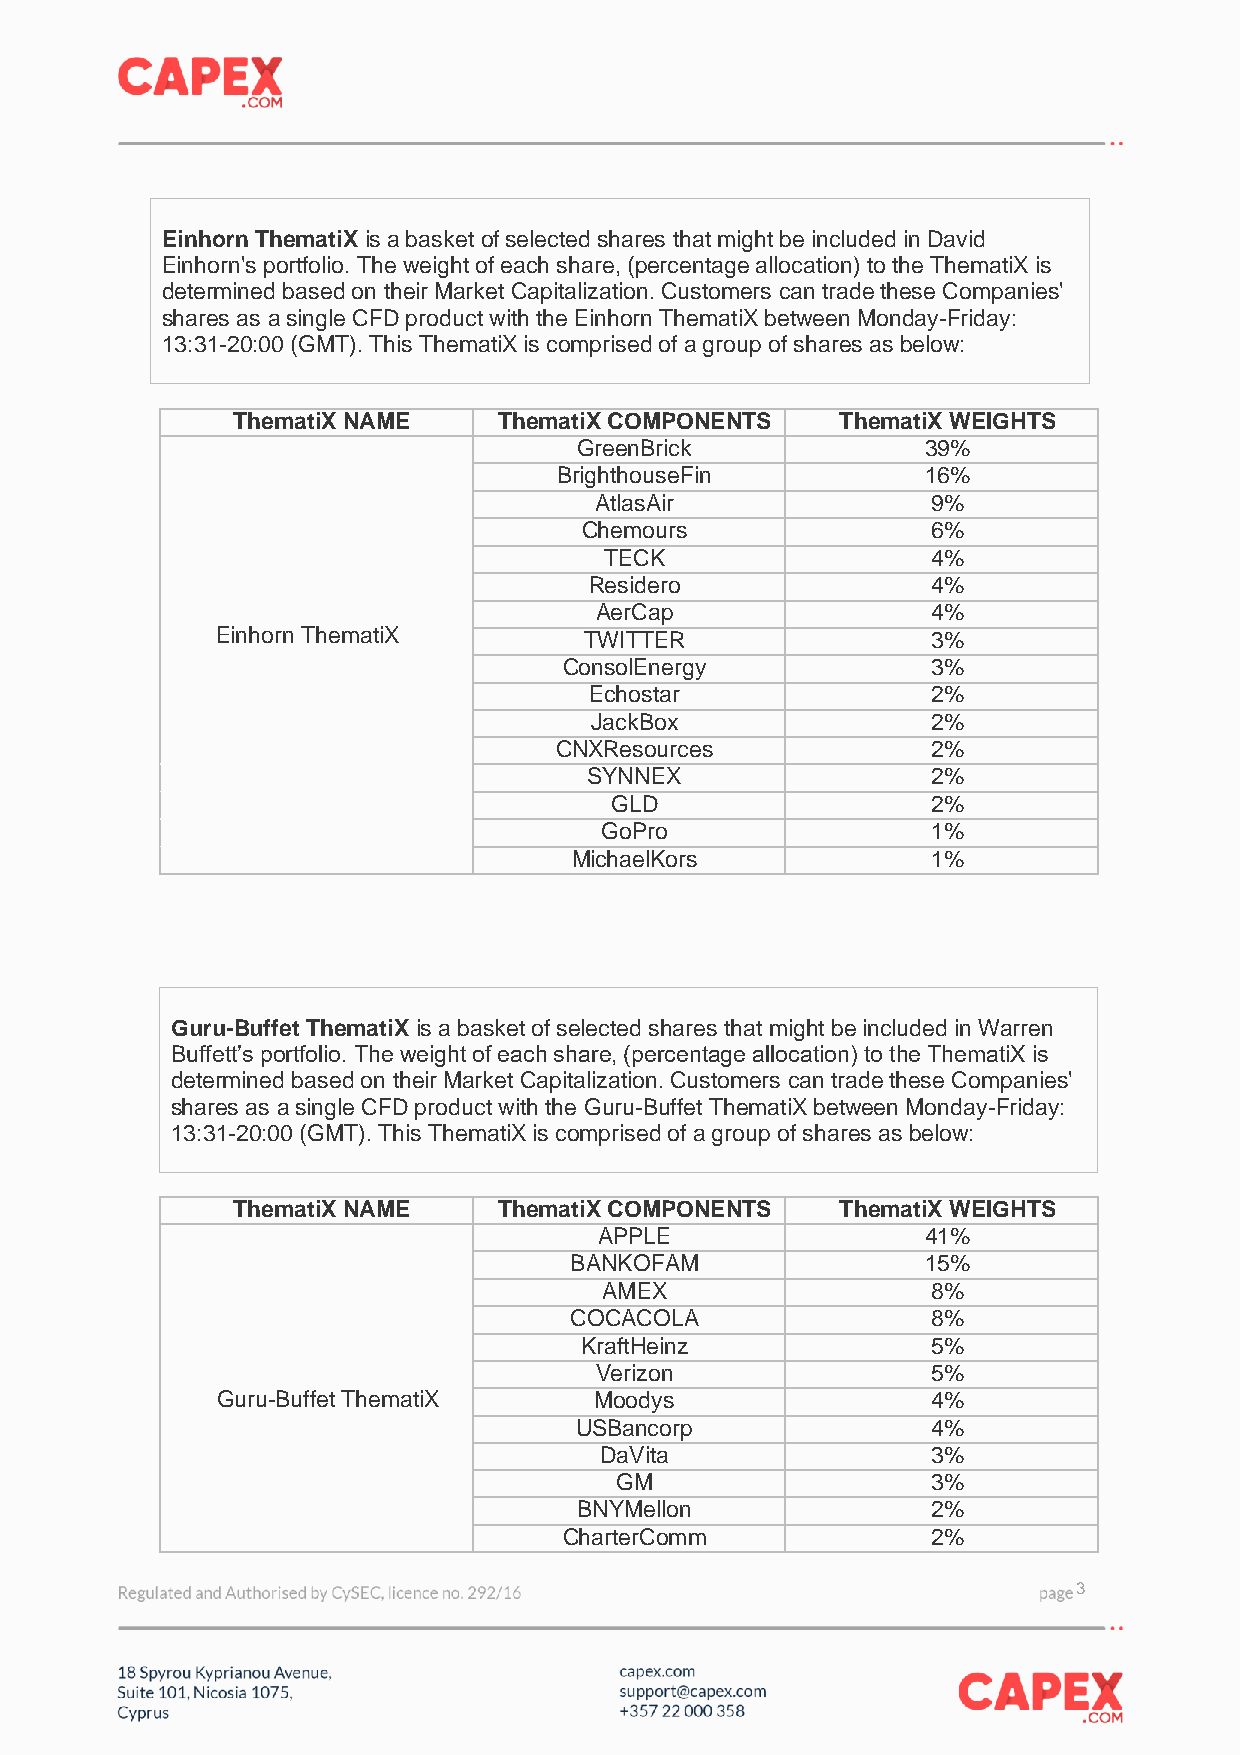
Einhorn ThematiX is a basket of selected shares that might be included in David
 Einhorn's portfolio. The weight of each share, (percentage allocation) to the ThematiX is
 determined based on their Market Capitalization. Customers can trade these Companies'
 shares as a single CFD product with the Einhorn ThematiX between Monday-Friday:
 13:31-20:00 (GMT). This ThematiX is comprised of a group of shares as below:
 ThematiX NAME     ThematiX COMPONENTS    ThematiX WEIGHTS
 GreenBrick             39%
 BrighthouseFin          16%
 AtlasAir               9%
 Chemours                6%
 TECK                  4%
 Residero               4%
 AerCap                 4%
 Einhorn ThematiX         TWITTER                3%
 ConsolEnergy             3%
 Echostar               2%
 JackBox                2%
 CNXResources             2%
 SYNNEX                 2%
 GLD                   2%
 GoPro                 1%
 MichaelKors             1%
 Guru-Buffet ThematiX is a basket of selected shares that might be included in Warren
 Buffett’s portfolio. The weight of each share, (percentage allocation) to the ThematiX is
 determined based on their Market Capitalization. Customers can trade these Companies'
 shares as a single CFD product with the Guru-Buffet ThematiX between Monday-Friday:
 13:31-20:00 (GMT). This ThematiX is comprised of a group of shares as below:
 ThematiX NAME     ThematiX COMPONENTS    ThematiX WEIGHTS
 APPLE                41%
 BANKOFAM               15%
 AMEX                  8%
 COCACOLA                8%
 KraftHeinz              5%
 Verizon                5%
 Guru-Buffet ThematiX     Moodys                 4%
 USBancorp               4%
 DaVita                3%
 GM                   3%
 BNYMellon               2%
 CharterComm              2%
 3